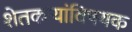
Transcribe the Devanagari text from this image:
शेतकर्‍यांविषयक